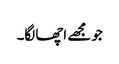
جو مجھے اچھا لگا۔